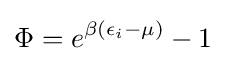
\Phi =e^{\beta (\epsilon _{i}-\mu )}-1